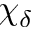
\chi _ { \delta }